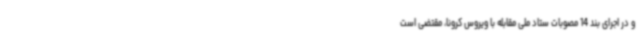
و در اجرای بند 14 مصوبات ستاد ملی مقابله با ویروس کرونا، مقتضی است